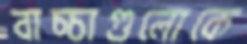
বাচ্চাগুলোকে